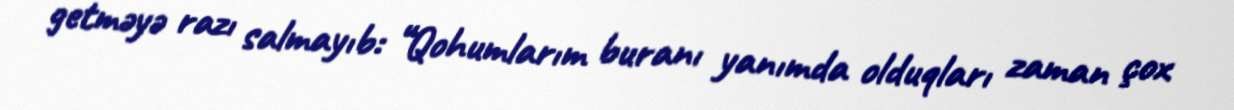
getməyə razı salmayıb: “Qohumlarım buranı yanımda olduqları zaman çox